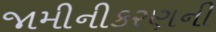
જામીનીકરણની